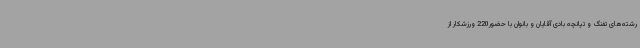
رشته‌های تفنگ و تپانچه بادی آقایان و بانوان با حضور220 ورزشکار از